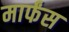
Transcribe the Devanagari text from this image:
मार्फंस